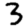
Digit: 3